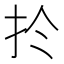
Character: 扵